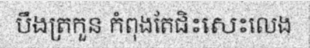
បឹងត្រកួន កំពុងតែជិះសេះលេង